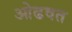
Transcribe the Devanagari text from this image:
ओढवत